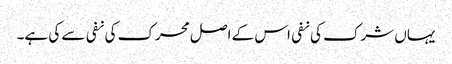
یہاں شرک کی نفی اس کے اصل محرک کی نفی سے کی ہے۔